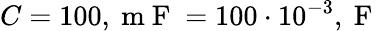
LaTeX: C=100,\mathrm{~m~F~}=100\cdot 10^{-3},\mathrm{~F~}